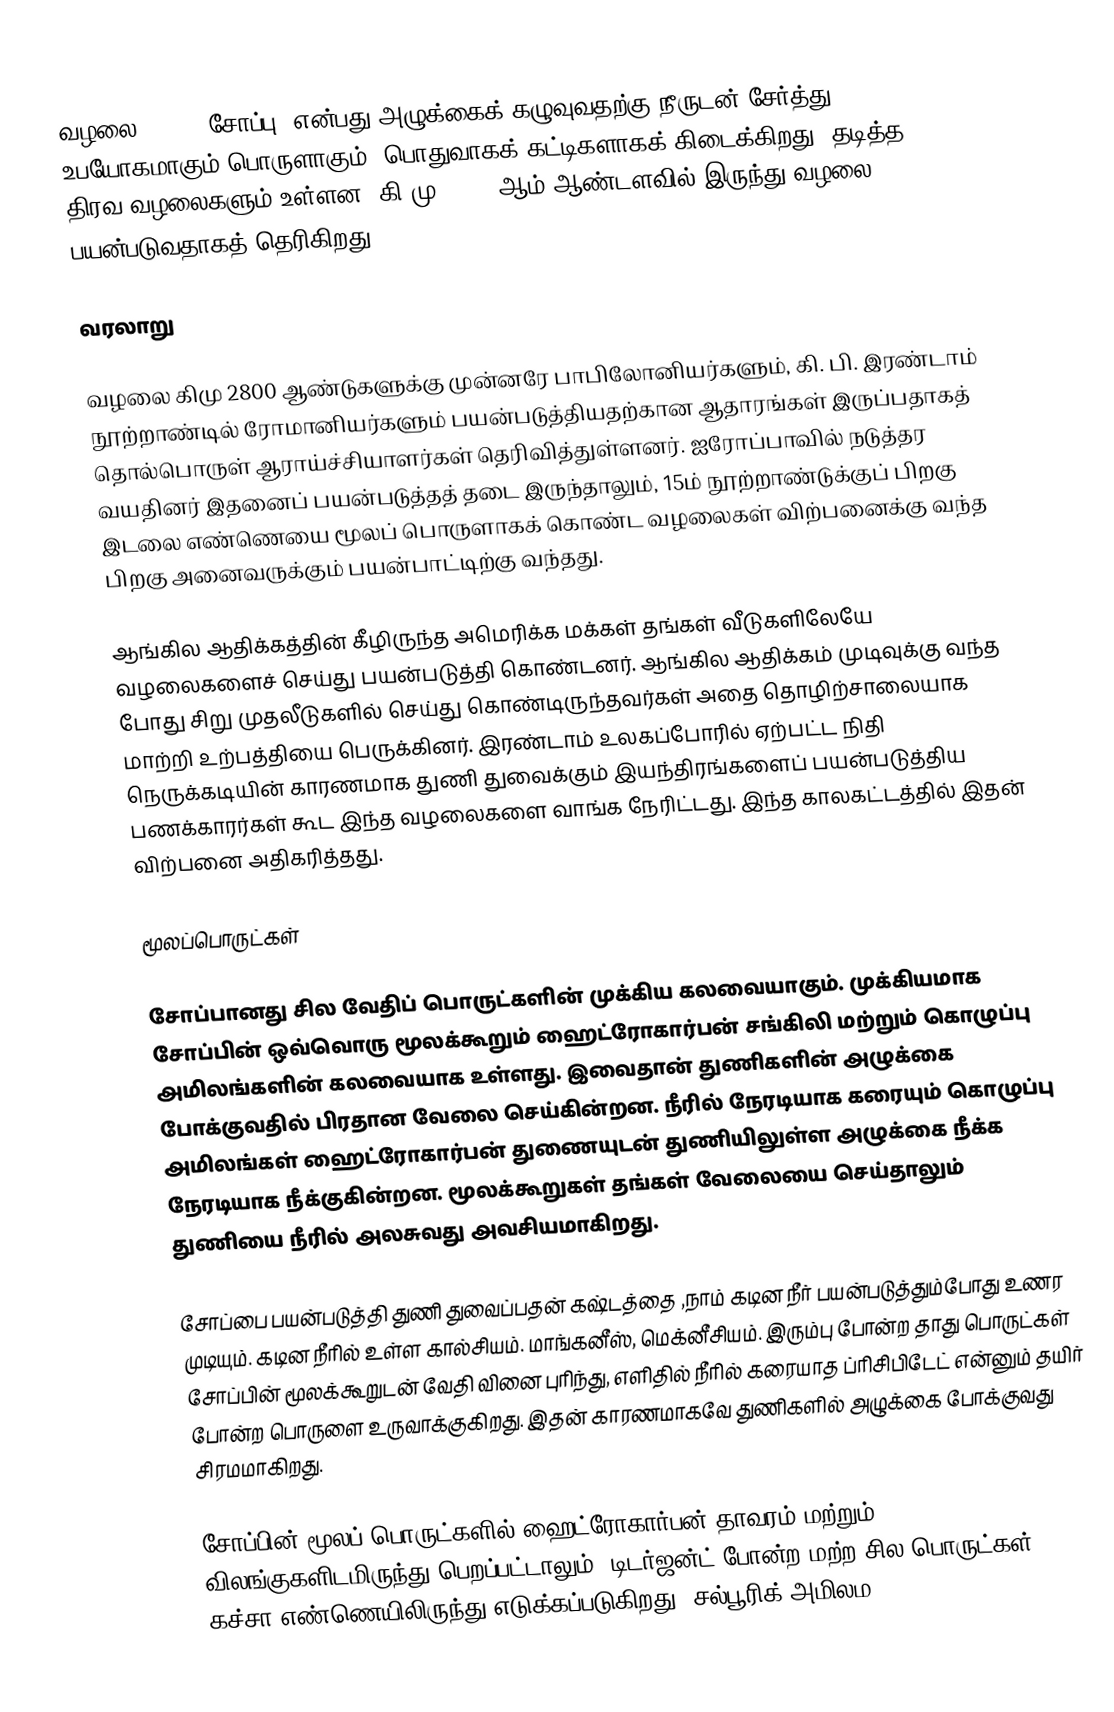
வழலை (soap, சோப்பு) என்பது அழுக்கைக் கழுவுவதற்கு நீருடன் சேர்த்து உபயோகமாகும் பொருளாகும். பொதுவாகக் கட்டிகளாகக் கிடைக்கிறது. தடித்த திரவ வழலைகளும் உள்ளன. கி.மு. 2800 ஆம் ஆண்டளவில் இருந்து வழலை பயன்படுவதாகத் தெரிகிறது.

வரலாறு

வழலை கிமு 2800 ஆண்டுகளுக்கு முன்னரே பாபிலோனியர்களும், கி. பி. இரண்டாம் நூற்றாண்டில் ரோமானியர்களும் பயன்படுத்தியதற்கான ஆதாரங்கள் இருப்பதாகத் தொல்பொருள் ஆராய்ச்சியாளர்கள் தெரிவித்துள்ளனர். ஐரோப்பாவில் நடுத்தர வயதினர் இதனைப் பயன்படுத்தத் தடை இருந்தாலும், 15ம் நூற்றாண்டுக்குப் பிறகு இடலை எண்ணெயை மூலப் பொருளாகக் கொண்ட வழலைகள் விற்பனைக்கு வந்த பிறகு அனைவருக்கும் பயன்பாட்டிற்கு வந்தது.

ஆங்கில ஆதிக்கத்தின் கீழிருந்த அமெரிக்க மக்கள் தங்கள் வீடுகளிலேயே வழலைகளைச் செய்து பயன்படுத்தி கொண்டனர். ஆங்கில ஆதிக்கம் முடிவுக்கு வந்த போது சிறு முதலீடுகளில் செய்து கொண்டிருந்தவர்கள் அதை தொழிற்சாலையாக மாற்றி உற்பத்தியை பெருக்கினர். இரண்டாம் உலகப்போரில் ஏற்பட்ட நிதி நெருக்கடியின் காரணமாக துணி துவைக்கும் இயந்திரங்களைப் பயன்படுத்திய பணக்காரர்கள் கூட இந்த வழலைகளை வாங்க நேரிட்டது. இந்த காலகட்டத்தில் இதன் விற்பனை அதிகரித்தது.

மூலப்பொருட்கள்

சோப்பானது சில வேதிப் பொருட்களின் முக்கிய கலவையாகும். முக்கியமாக சோப்பின் ஒவ்வொரு மூலக்கூறும் ஹைட்ரோகார்பன் சங்கிலி மற்றும் கொழுப்பு அமிலங்களின் கலவையாக உள்ளது. இவைதான் துணிகளின் அழுக்கை போக்குவதில் பிரதான வேலை செய்கின்றன. நீரில் நேரடியாக கரையும் கொழுப்பு அமிலங்கள் ஹைட்ரோகார்பன் துணையுடன் துணியிலுள்ள அழுக்கை நீக்க நேரடியாக நீக்குகின்றன. மூலக்கூறுகள் தங்கள் வேலையை செய்தாலும் துணியை நீரில் அலசுவது அவசியமாகிறது.

சோப்பை பயன்படுத்தி துணி துவைப்பதன் கஷ்டத்தை ,நாம் கடின நீர் பயன்படுத்தும்போது உணர முடியும். கடின நீரில் உள்ள கால்சியம். மாங்கனீஸ், மெக்னீசியம். இரும்பு போன்ற தாது பொருட்கள் சோப்பின் மூலக்கூறுடன் வேதி வினை புரிந்து, எளிதில் நீரில் கரையாத ப்ரிசிபிடேட் என்னும் தயிர் போன்ற பொருளை உருவாக்குகிறது. இதன் காரணமாகவே துணிகளில் அழுக்கை போக்குவது சிரமமாகிறது.

சோப்பின் மூலப் பொருட்களில் ஹைட்ரோகார்பன் தாவரம் மற்றும் விலங்குகளிடமிருந்து பெறப்பட்டாலும், டிடர்ஜன்ட் போன்ற மற்ற சில பொருட்கள் கச்சா எண்ணெயிலிருந்து எடுக்கப்படுகிறது. சல்பூரிக் அமிலம